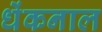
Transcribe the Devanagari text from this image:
धेंकनाल